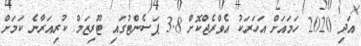
އަދި 2020 ހަމައަށް އަހަރަކު އެވްރެޖްކޮށް 3.8 ޕަސެންޓުގައި ޓޫރިޒަމް ކުރިއަރާނެ ކަމަށް